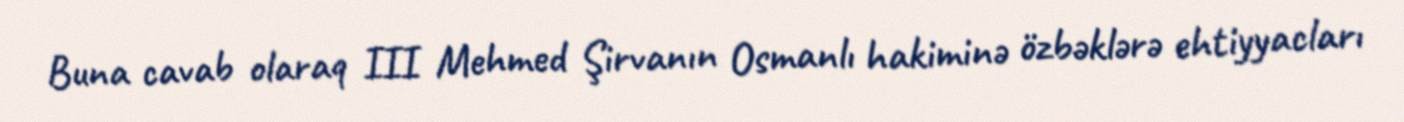
Buna cavab olaraq III Mehmed Şirvanın Osmanlı hakiminə özbəklərə ehtiyyacları